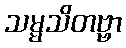
သမ္မသိတဗ္ဗာ